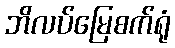
ဘိလပ်မြေစက်ရုံ